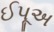
ઈપૂઅ